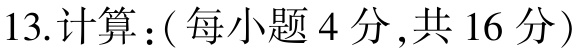
13.计算：( 每小题 4 分 ,共 16 分)